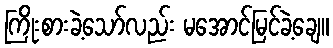
ကြိုးစားခဲ့သော်လည်း မအောင်မြင်ခဲ့ချေ။